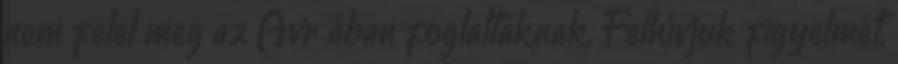
nem felel meg az Ávr ában foglaltaknak. Felhívjuk figyelmét,